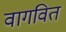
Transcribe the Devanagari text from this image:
वागवित